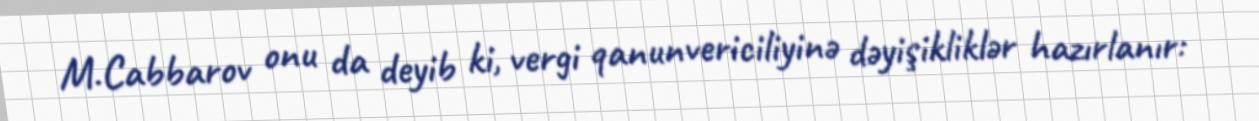
M.Cabbarov onu da deyib ki, vergi qanunvericiliyinə dəyişikliklər hazırlanır: